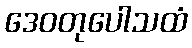
ဒေဝတုပေါသထံ